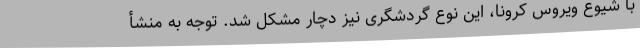
با شیوع ویروس کرونا، این نوع گردشگری نیز دچار مشکل شد. توجه به منشأ